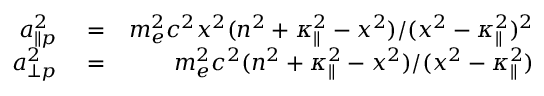
\begin{array} { r l r } { a _ { \| p } ^ { 2 } } & { { } = } & { m _ { e } ^ { 2 } c ^ { 2 } x ^ { 2 } ( n ^ { 2 } + \kappa _ { \| } ^ { 2 } - x ^ { 2 } ) / ( x ^ { 2 } - \kappa _ { \| } ^ { 2 } ) ^ { 2 } } \\ { a _ { \perp p } ^ { 2 } } & { { } = } & { m _ { e } ^ { 2 } c ^ { 2 } ( n ^ { 2 } + \kappa _ { \| } ^ { 2 } - x ^ { 2 } ) / ( x ^ { 2 } - \kappa _ { \| } ^ { 2 } ) } \end{array}